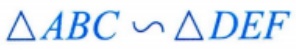
$\triangle ABC \backsim \triangle DEF$